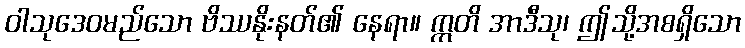
ဝါသုဒေဝမည်သော ဗိဿနိုးနတ်၏ နေရာ။ ဣတိ အာဒီသု၊ ဤသို့အစရှိသော